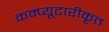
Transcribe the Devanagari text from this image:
कम्प्यूटारीकृत